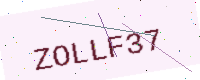
Text: ZOLLF37